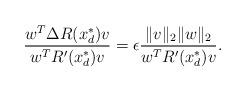
LaTeX: \begin{align*} \frac{w^T\Delta R(x_d^{\ast})v}{w^TR'(x_d^{\ast})v} = \epsilon\frac{\|v\|_2\|w\|_2}{w^TR'(x_d^{\ast})v}.\end{align*}